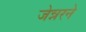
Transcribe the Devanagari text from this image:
जेन्नरने